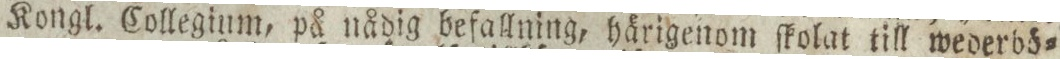
Kongl. Collegium, på nådig befallning, härigenom ſkolat till wederbö=